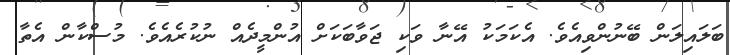
ބަލައިލަން ބޭނުންވިއެވެ. އެކަމަކު އޭނާ ވަކި ޖަވާބަކަށް އުންމީދެއް ނުކުރެއެވެ. މުސްކާން އެތާ